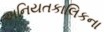
અનિયતકાલિકના